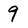
Character: 9